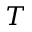
T